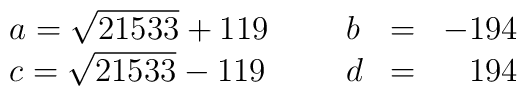
\left. \begin{array}{llllr}a = \sqrt{21533} + 119 \, & \,\,\,& b & = &  - 194 \\c = \sqrt{21533} - 119 \, & \,\,\,& d & = &  194\end{array}\right.